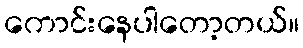
ကောင်းနေပါတော့တယ်။